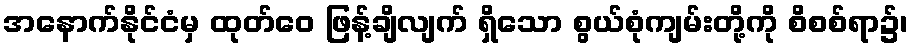
အနောက်နိုင်ငံမှ ထုတ်ဝေ ဖြန့်ချိလျက် ရှိသော စွယ်စုံကျမ်းတို့ကို စိစစ်ရာ၌၊